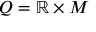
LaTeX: Q = \mathbb { R } \times M